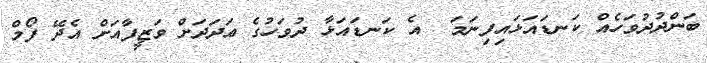
ބަންދުދުވަހެއް ކަނޑައަޅައިފިނަމަ  އެ ކަނޑައަޅާ ދުވަހުގެ ޢަދަދަށް ވަޒީފާއަށް އެދޭ ފޯމް